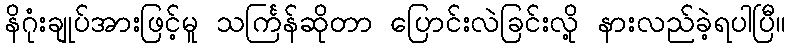
နိဂုံးချုပ်အားဖြင့်မူ သင်္ကြန်ဆိုတာ ပြောင်းလဲခြင်းလို့ နားလည်ခဲ့ရပါပြီ။